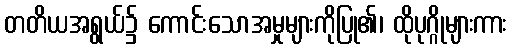
တတိယအရွယ်၌ ကောင်းသောအမှုများကိုပြု၏၊ ထိုပုဂ္ဂိုများကား